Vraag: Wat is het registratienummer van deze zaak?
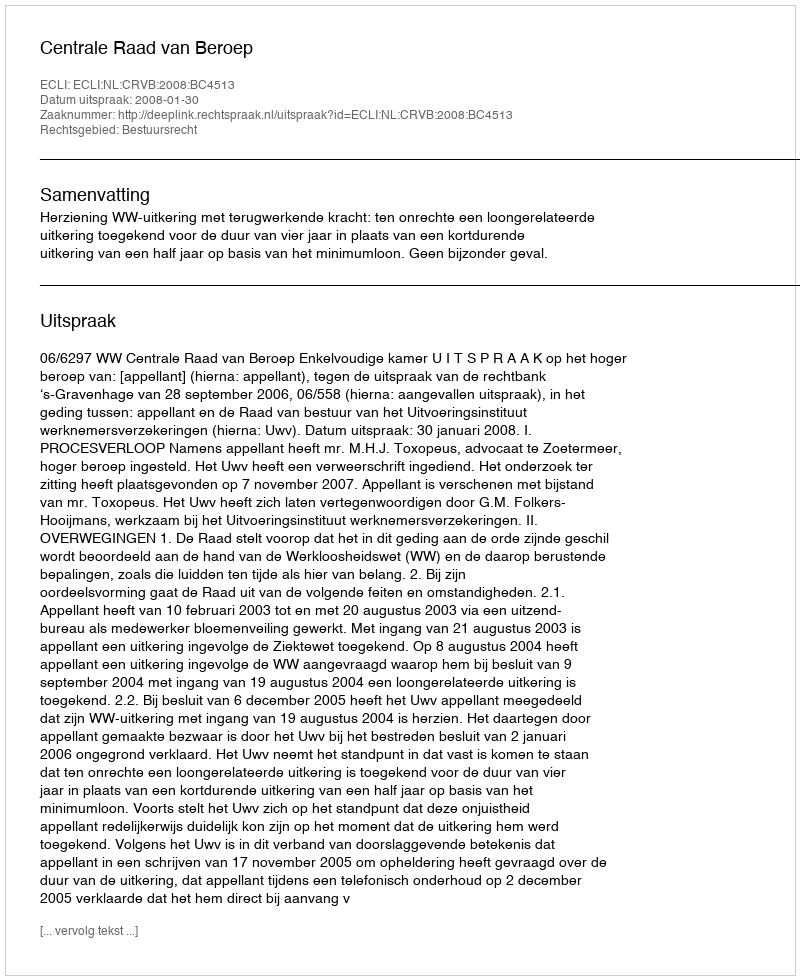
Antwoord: http://deeplink.rechtspraak.nl/uitspraak?id=ECLI:NL:CRVB:2008:BC4513